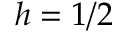
h = 1 / 2